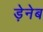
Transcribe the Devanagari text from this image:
ड़ेनेब